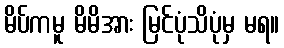
မိပ်ကမူ မိမိအား မြင်ပုံသိပုံမှ မရ။